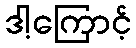
ဒါ့ကြောင့်